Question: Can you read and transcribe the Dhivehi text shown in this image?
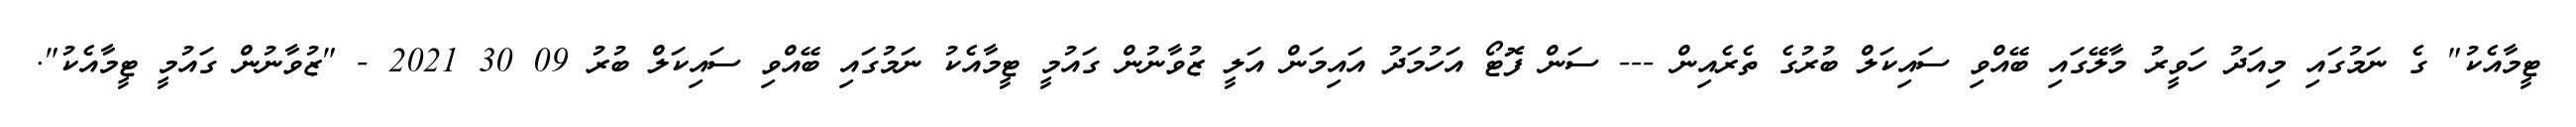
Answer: ޓީމާއެކު" ގެ ނަމުގައި މިއަދު ހަވީރު މާލޭގައި ބޭއްވި ސައިކަލް ބުރުގެ ތެރެއިން --- ސަން ފޮޓޯ އަހުމަދު އައިމަން އަލީ ޒުވާނުން ގައުމީ ޓީމާއެކު ނަމުގައި ބޭއްވި ސައިކަލް ބުރު 09 30 2021 - "ޒުވާނުން ގައުމީ ޓީމާއެކު".